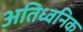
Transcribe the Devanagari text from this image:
अतिध्वनिक